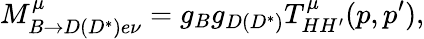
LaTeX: M_{B\to D(D^{*})e\nu}^{\mu}=g_{B}g_{D(D^{*})}T_{HH^{\prime}}^{\mu}(p,p^{\prime}),